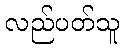
လည်ပတ်သူ